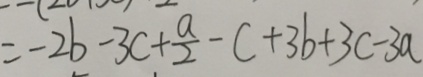
= - 2 b - 3 c + \frac { a } { 2 } - c + 3 b + 3 c - 3 a